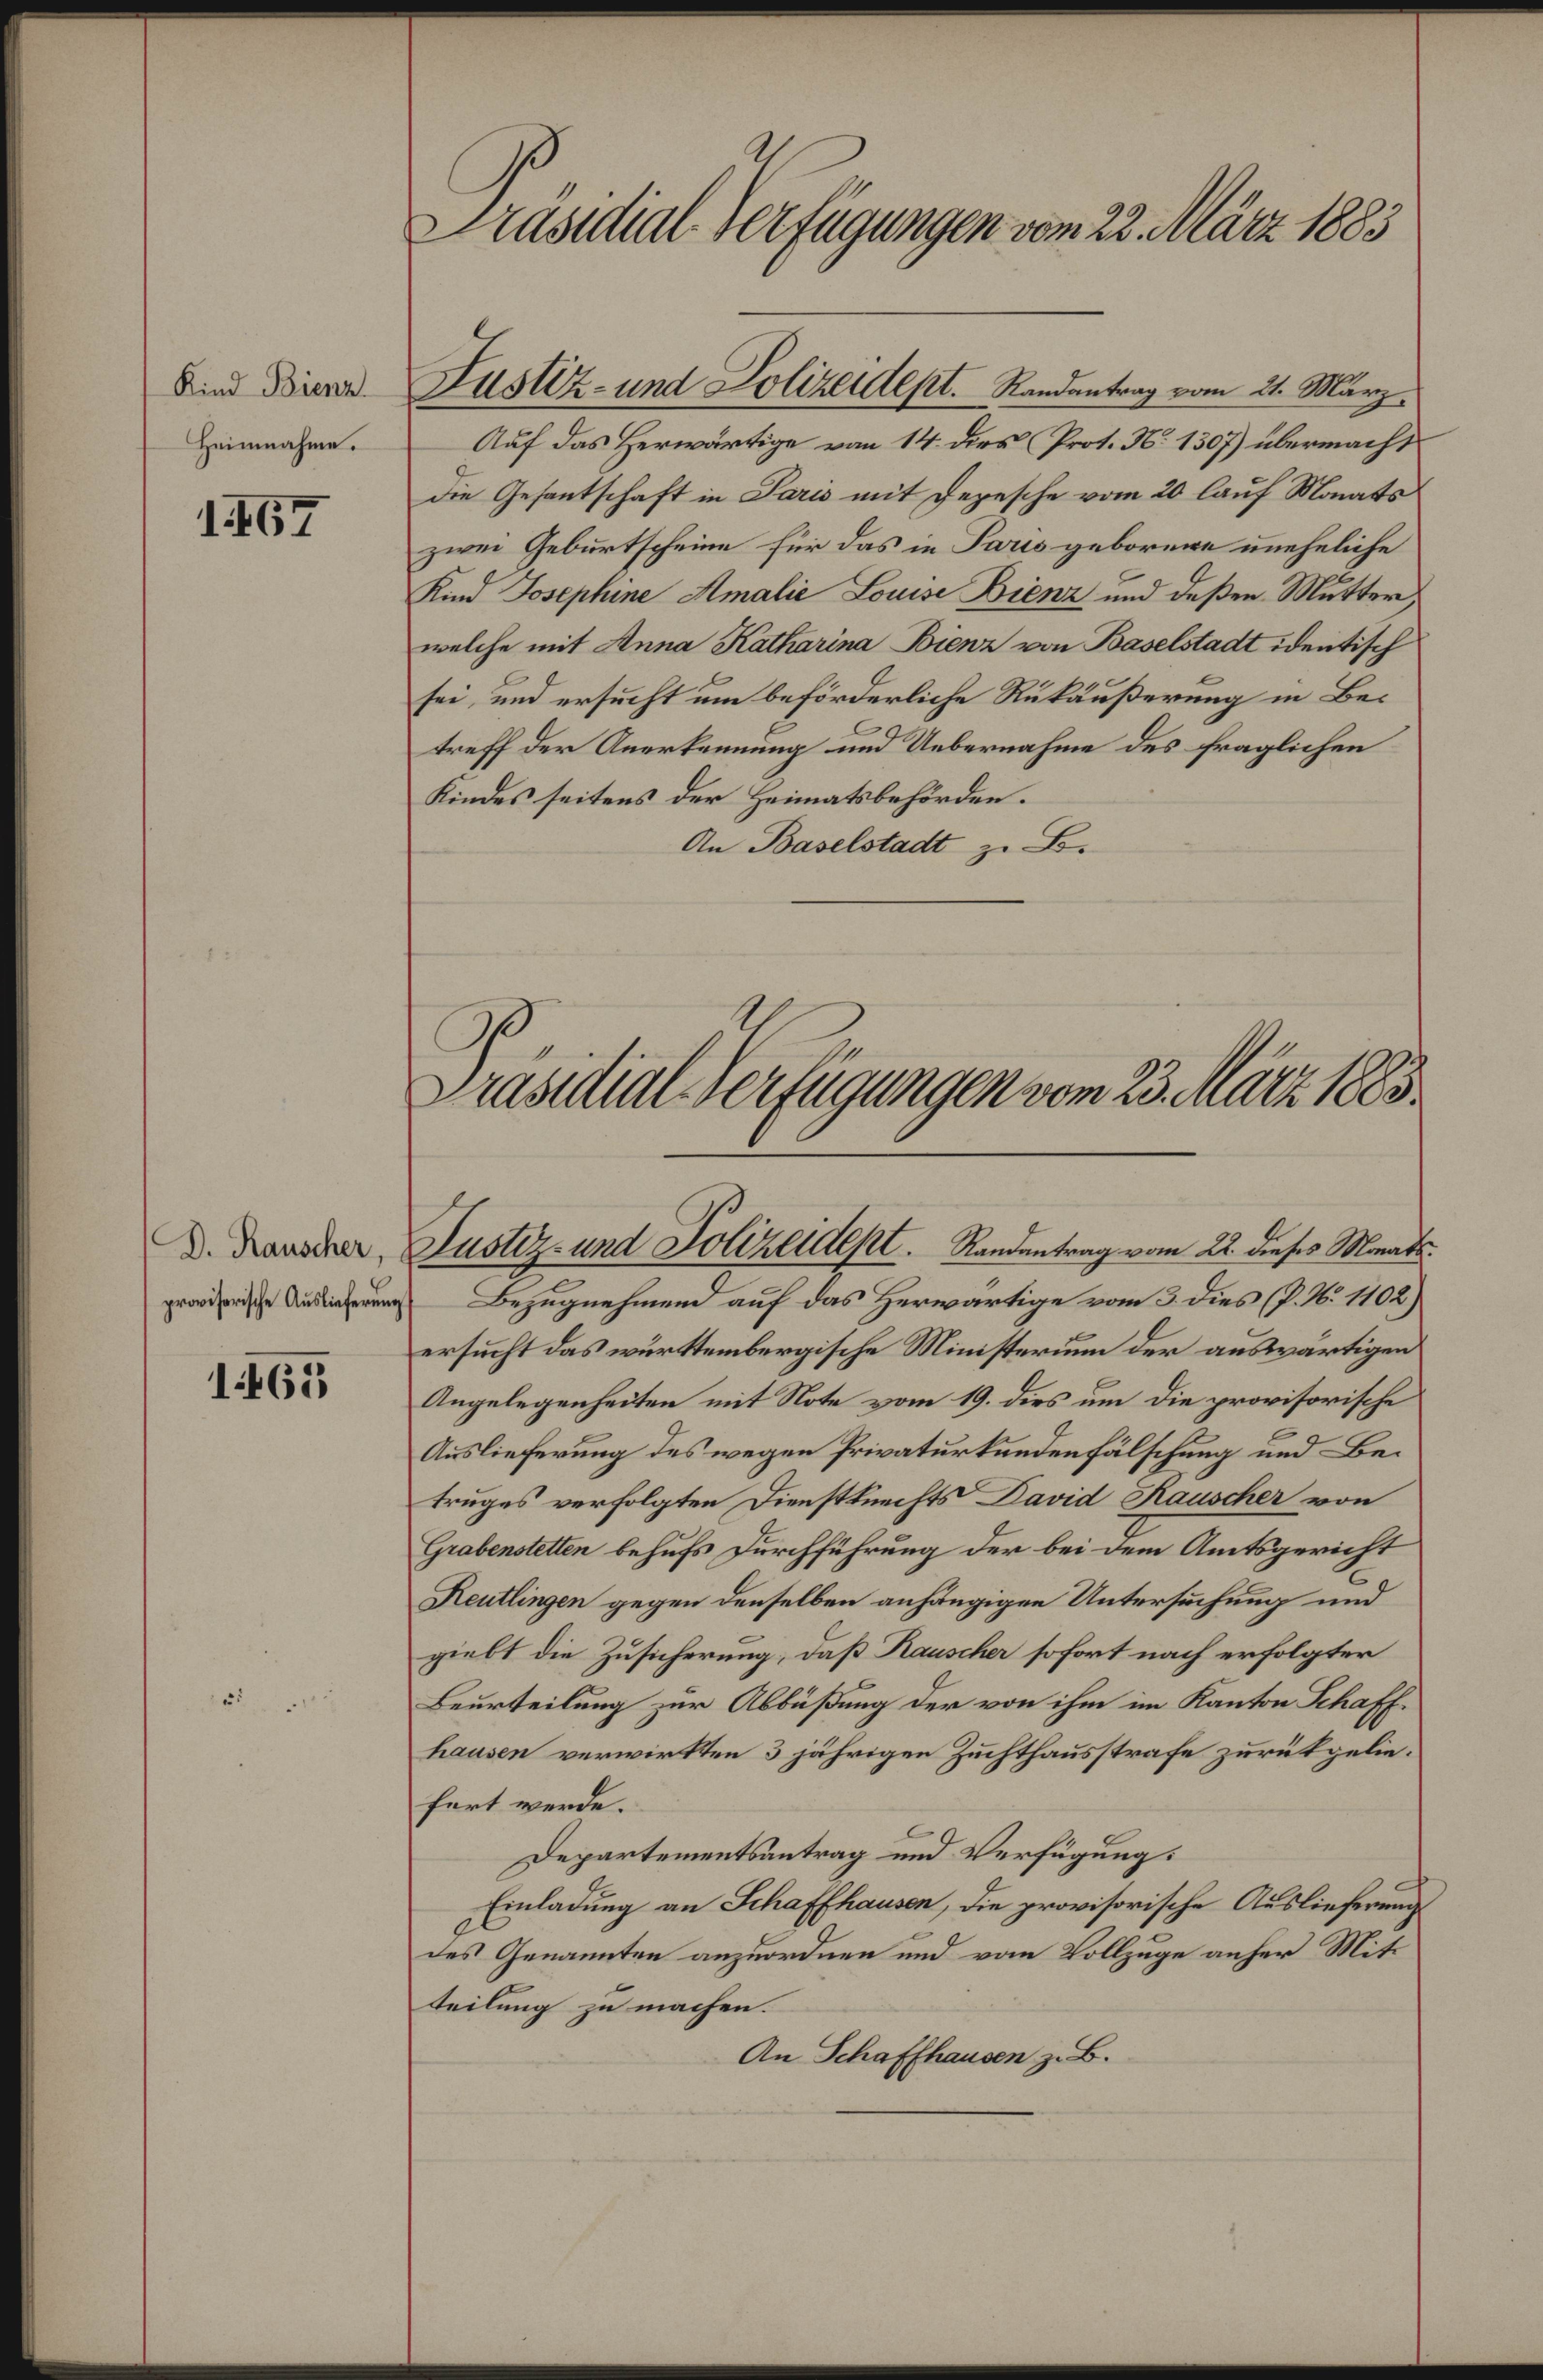
Präsidial-Verfügungen vom 22. März 1883
Kind Bienz.
Heimnahme.
1467
Justiz- und Polizeidept. Randantrag vom 21. März.
Auf das Herwärtige vom 14. dies (Prot. No 1307) übermacht
die Gesantschaft in Paris mit Depesche vom 20. lauf Monats
zwei Geburtscheine für das in Paris geborene uneheliche
Kind Josephine Amalie Louise Bienz und deßen Mutter,
welche mit Anna Katharina Bienz von Baselstadt identisch
sei, und ersucht um beförderliche Rükäußerung in Be¬
treff der Anerkennung und Uebernahme des fraglichen
Kindes seitens der Heimatsbehörden.
An Baselstadt z. B.
Präsidial-Verfügungen vom 23. März 1883.
D. Rauscher,
provisorische Auslieferung.
1468
Justiz- und Polizeidept. Randantrag vom 22. dieses Monats.
Bezugnehmend auf das Herwärtige vom 3. dies (P. No. 1102)
ersucht das württembergische Ministerium der auswärtigen
Angelegenheiten mit Note vom 19. dies um die provisorische
Auslieferung des wegen Privaturkundenfälschung und Be¬
truges verfolgten Dienstknechts David Rauscher von
Grabenstetten behufs Durchführung der bei dem Amtsgericht
Reutlingen gegen denselben anhängigen Untersuchung und
giebt die Zusicherung, daß Rauscher sofort nach erfolgter
Beurteilung zur Abbüßung der von ihm im Kanton Schaff¬
hausen verwirkten 3 jährigen Zuchthausstrafe zurükgelie¬
fert werde.
Departementsantrag und Verfügung:
Einladung an Schaffhausen, die provisorische Auslieferung
des Genannten anzuordnen und vom Vollzuge anher Mit¬
teilung zu machen.
An Schaffhausen z. B.